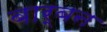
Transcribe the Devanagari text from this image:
बार्बन